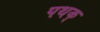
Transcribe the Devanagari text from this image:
पथक्